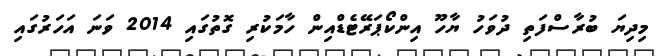
މިދިޔަ ބުރާސްފަތި ދުވަހު ޔާހޫ އިންކޯޕަރޭޓެޑްއިން ހާމަކުރި ގޮތުގައި 2014 ވަނަ އަހަރުގައި